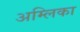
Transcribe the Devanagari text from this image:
अम्लिका